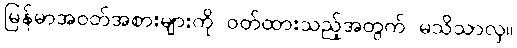
မြန်မာအဝတ်အစားများကို ဝတ်ထားသည့်အတွက် မသိသာလှ။